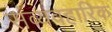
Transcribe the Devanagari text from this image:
संव्यवहारिक